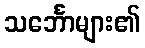
သင်္ဘောများ၏